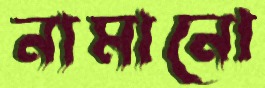
নামানো